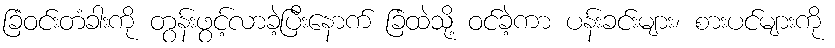
ခြံဝင်းတံခါးကို တွန်းဖွင့်လာခဲ့ပြီးနောက် ခြံထဲသို့ ဝင်ခဲ့ကာ ပန်းခင်းများ၊ စားပင်များကို